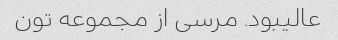
عالیبود. مرسی از مجموعه تون